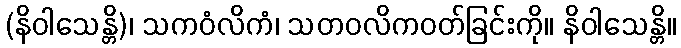
(နိဝါသေန္တိ)၊ သကဝံလိကံ၊ သတဝလိကဝတ်ခြင်းကို။ နိဝါသေန္တိ။